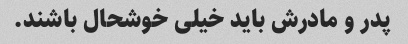
پدر و مادرش باید خیلی خوشحال باشند.